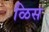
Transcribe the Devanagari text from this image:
ळिस